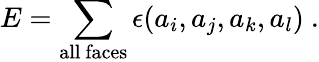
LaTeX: E=\sum_{\mathrm{all~faces}}\epsilon(a_{i},a_{j},a_{k},a_{l})~.